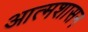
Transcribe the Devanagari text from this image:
आत्मशासन